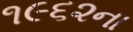
૧૯૬૨ના